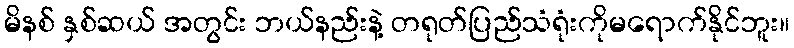
မိနစ် နှစ်ဆယ် အတွင်း ဘယ်နည်းနဲ့ တရုတ်ပြည်သံရုံးကိုမရောက်နိုင်ဘူး။